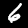
Digit: 6